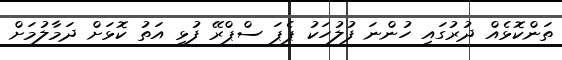
ތަންކޮޅެއް ދުރުގައި ހުންނަ ފުލުހަކު ޕެޕަ ސްޕްރޭ ފުޅި އަތު ކޮޅަށް ދަމާލުމަށް